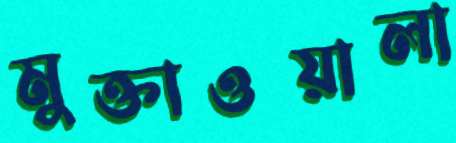
মুক্তাওয়ালা